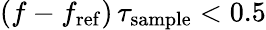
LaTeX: (f-f_{\mathrm{ref}})\, \tau_{\mathrm{sample}}<0.5